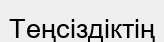
Теңсіздіктің